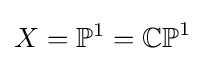
X=\mathbb {P} ^{1}=\mathbb {CP} ^{1}